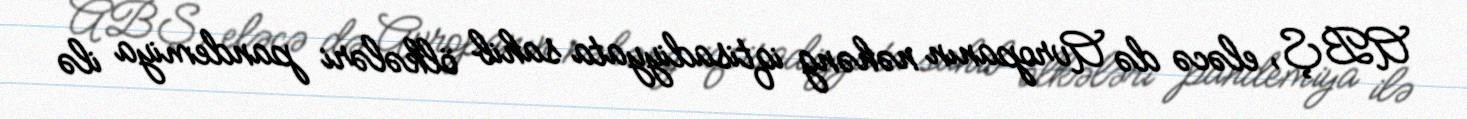
ABŞ, eləcə də Avropanın nəhəng iqtisadiyyata sahib ölkələri pandemiya ilə